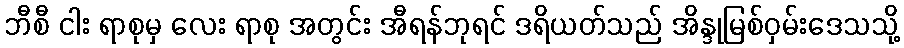
ဘီစီ ငါး ရာစုမှ လေး ရာစု အတွင်း အီရန်ဘုရင် ဒရိယတ်သည် အိန္ဒုမြစ်ဝှမ်းဒေသသို့